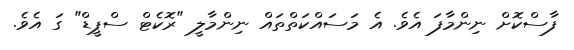
ފާސްކޮށް ނިންމާފަ އެވެ. އެ މަސައްކަތްތައް ނިންމާލީ "ރޮކެޓް ސްޕީޑް" ގަ އެވެ.